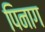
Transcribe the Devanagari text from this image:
पिनाग